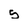
Character: 5